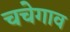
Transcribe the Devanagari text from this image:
चचेगाव